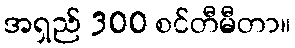
အရှည် 300 စင်တီမီတာ။